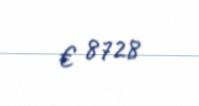
€ 8728